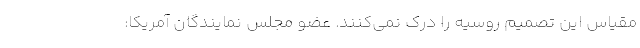
مقیاس این تصمیم روسیه را درک نمی‌کنند. عضو مجلس نمایندگان آمریکا: